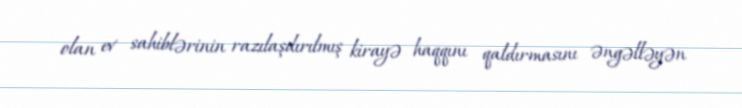
olan ev sahiblərinin razılaşdırılmış kirayə haqqını qaldırmasını əngəlləyən